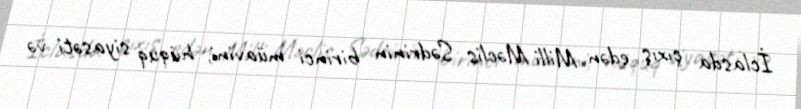
İclasda çıxış edən Milli Məclis Sədrinin birinci müavini, hüquq siyasəti və